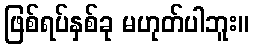
ဖြစ်ရပ်နှစ်ခု မဟုတ်ပါဘူး။